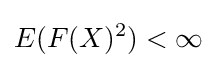
E(F(X)^{2})<\infty